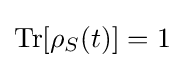
\operatorname {Tr} [\rho _{S}(t)]=1